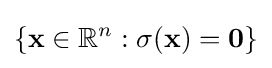
\{\mathbf {x} \in \mathbb {R} ^{n}:\sigma (\mathbf {x} )=\mathbf {0} \}